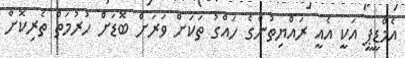
އެމްޑީޕީ އަކީ އެއީ ރައްޔިތުންގެ ހައްގު ތަކަށް ވަރަށް ބޮޑަށް ހުރުމަތް ތެރިކޮށް